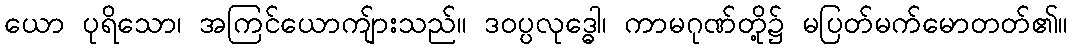
ယော ပုရိသော၊ အကြင်ယောကျ်ားသည်။ ဒဝပ္ပလုဒ္ဓေါ၊ ကာမဂုဏ်တို့၌ မပြတ်မက်မောတတ်၏။